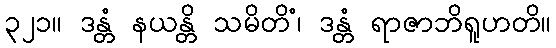
၃၂၁။ ဒန္တံ နယန္တိ သမိတိံ၊ ဒန္တံ ရာဇာဘိရူဟတိ။